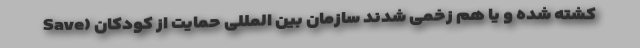
کشته شده و یا هم زخمی شدند سازمان بین المللی حمایت از کودکان (Save